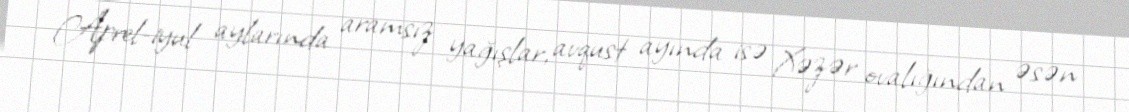
Aprel-iyul aylarında aramsız yağışlar, avqust ayında isə Xəzər ovalığından əsən